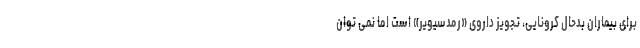
برای بیماران بدحال کرونایی، تجویز داروی «رمدسیویر» است اما نمی توان